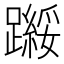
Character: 𬧗